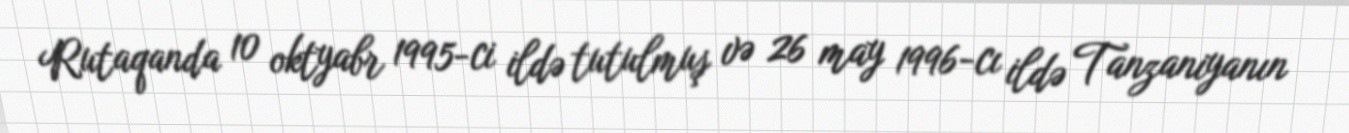
Rutaqanda 10 oktyabr 1995-ci ildə tutulmuş və 26 may 1996-cı ildə Tanzaniyanın